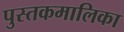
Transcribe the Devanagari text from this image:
पुस्तकमालिका